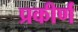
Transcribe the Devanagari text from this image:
प्रकीर्णं